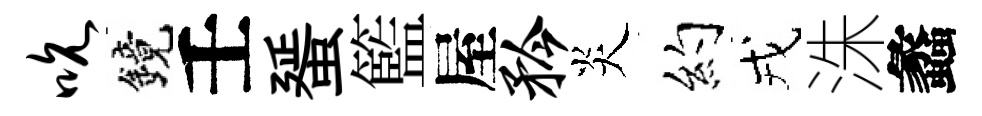
吮鏡壬蜑籃屋矜炎约戎洙蠡